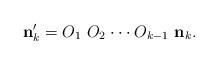
LaTeX: \begin{align*}{\bf n}_k'=O_1~O_2\cdot\cdot \cdot O_{k-1}~{\bf n}_k.\end{align*}